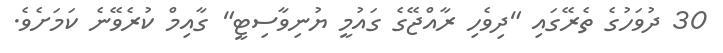
30 ދުވަހުގެ ތެރޭގައި "ދިވެހި ރާއްޖޭގެ ގައުމީ ޔުނިވާސިޓީ" ގާއިމް ކުރެވޭނެ ކަމަށެވެ.